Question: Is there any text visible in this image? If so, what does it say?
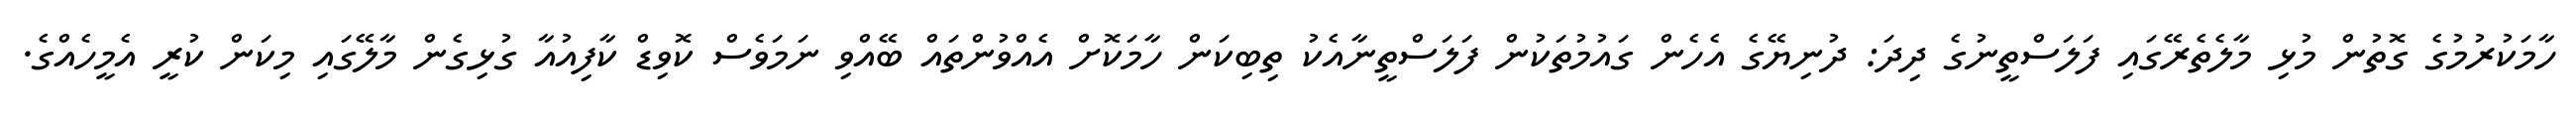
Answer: ހާމަކުރުމުގެ ގޮތުން މުޅި މާލެތެރޭގައި ފަލަސްތީނުގެ ދިދަ: ދުނިޔޭގެ އެހެން ގައުމުތަކުން ފަލަސްތީނާއެކު ތިބިކަން ހާމަކޮށް އެއްވުންތައް ބޭއްވި ނަމަވެސް ކޮވިޑް ކާފިއުއާ ގުޅިގެން މާލޭގައި މިކަން ކުރީ އެމީހެއްގެ.